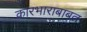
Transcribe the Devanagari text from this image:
कारभाराबाबत